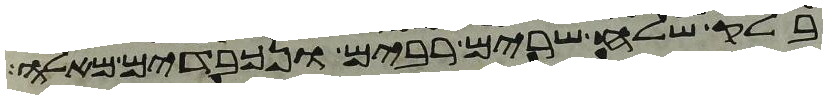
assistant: בלק שלח שרים רבים ונכבדים מאלה